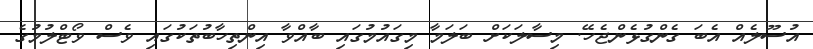
އުސޫލެއް އެބަ ގެންގުޅެންޖެހޭ. މިސާލަކަށް ބަލަމާ މިގައުމުގައި ބާއްވާ އިންތިހާބުތަކުގައި ވެސް ވޯޓްލުމުގެ